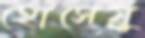
হোসেয়ু